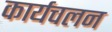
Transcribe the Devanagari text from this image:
कार्यचलन